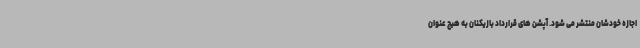
اجازه خودشان منتشر می شود. آپشن های قرارداد بازیکنان به هیچ عنوان